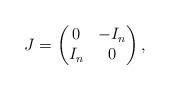
LaTeX: \begin{align*} J= \begin{pmatrix}0 & -I_n \\I_n & 0\end{pmatrix},\end{align*}